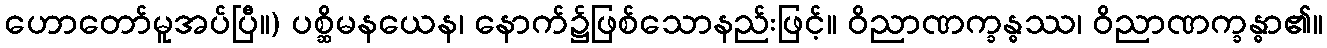
ဟောတော်မူအပ်ပြီ။) ပစ္ဆိမနယေန၊ နောက်၌ဖြစ်သောနည်းဖြင့်။ ဝိညာဏက္ခန္ဓဿ၊ ဝိညာဏက္ခန္ဓာ၏။